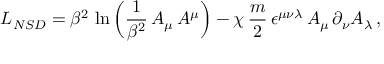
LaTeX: { \cal L } _ { N S D } = \beta ^ { 2 } \, \ln \left( \frac { 1 } { \beta ^ { 2 } } \, A _ { \mu } \, A ^ { \mu } \right) - \chi \, \frac { m } { 2 } \, \epsilon ^ { \mu \nu \lambda } \, A _ { \mu } \, \partial _ { \nu } A _ { \lambda } \, ,